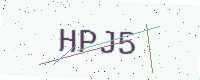
Text: HPJ5